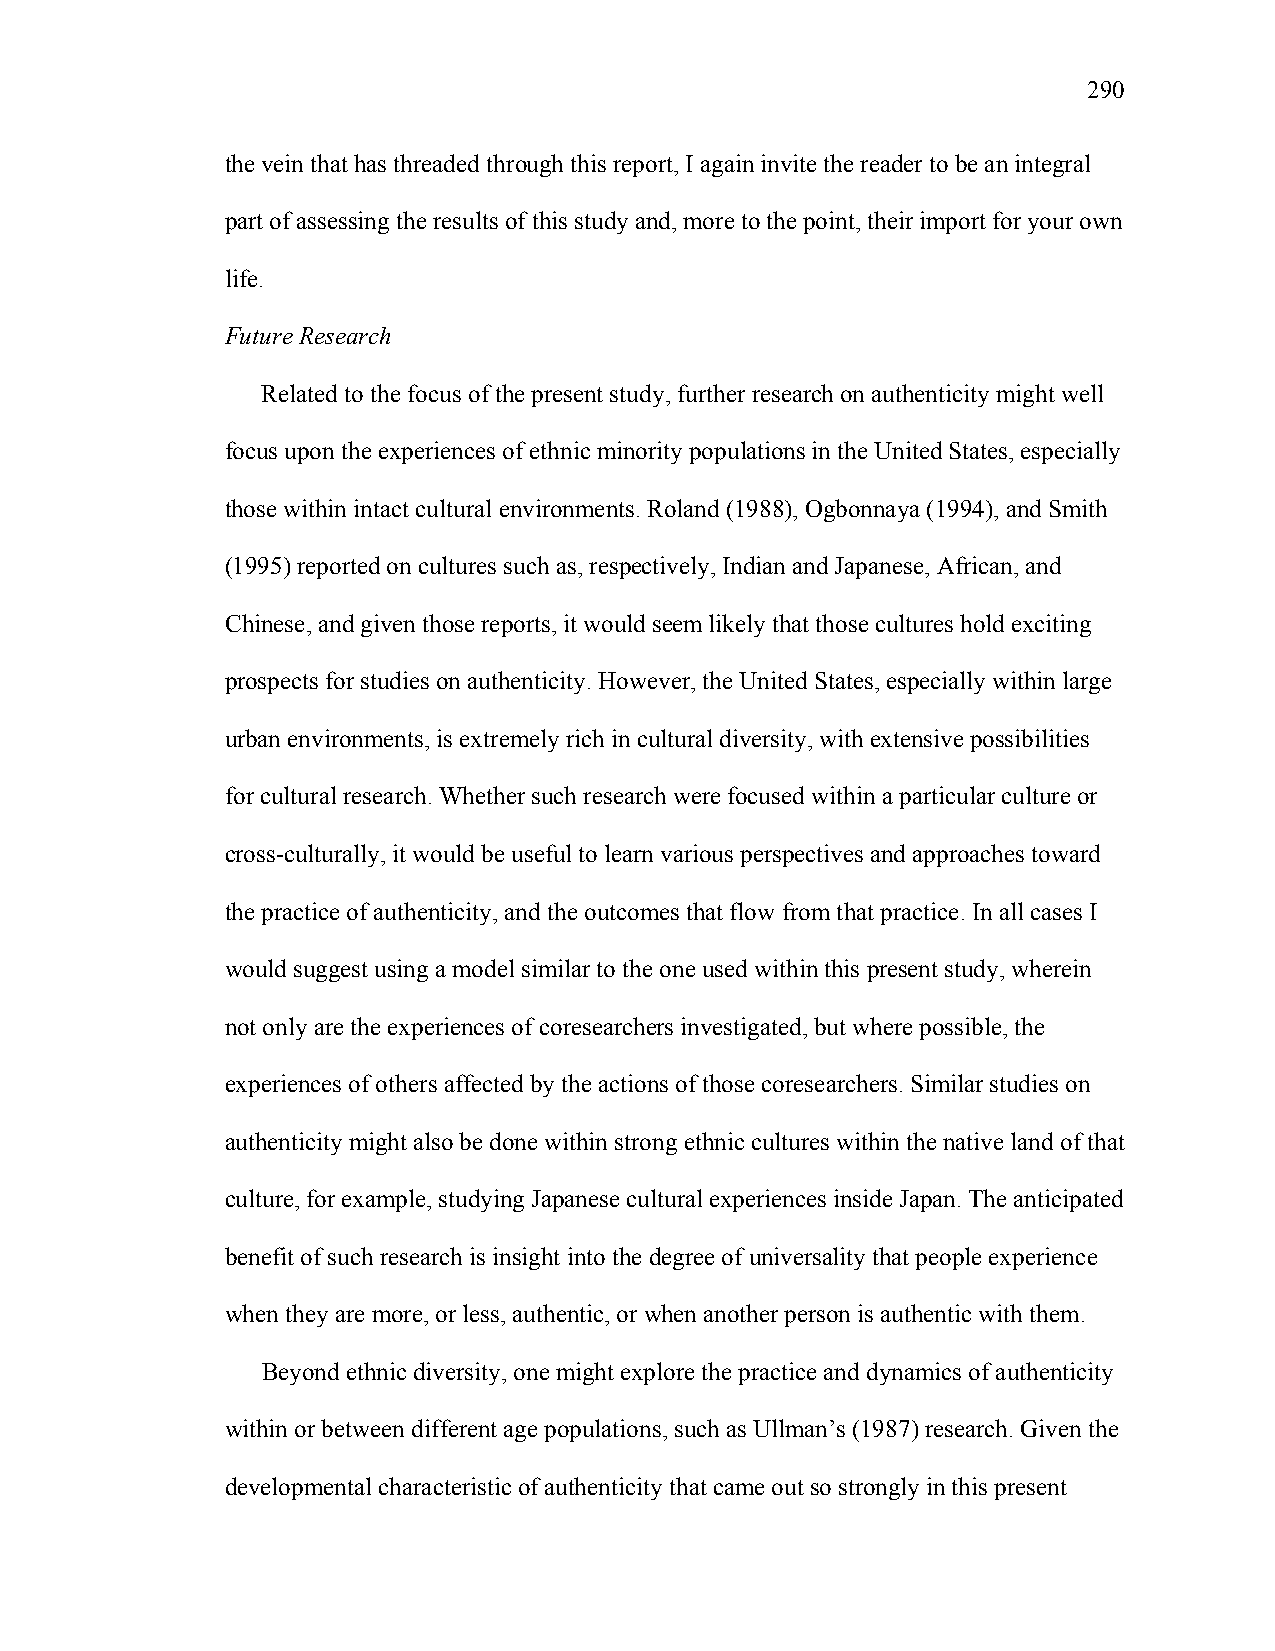
290
 the vein that has threaded through this report, I again invite the reader to be an integral
 part of assessing the results of this study and, more to the point, their import for your own
 life.
 Future Research
 Related to the focus of the present study, further research on authenticity might well
 focus upon the experiences of ethnic minority populations in the United States, especially
 those within intact cultural environments. Roland (1988), Ogbonnaya (1994), and Smith
 (1995) reported on cultures such as, respectively, Indian and Japanese, African, and
 Chinese, and given those reports, it would seem likely that those cultures hold exciting
 prospects for studies on authenticity. However, the United States, especially within large
 urban environments, is extremely rich in cultural diversity, with extensive possibilities
 for cultural research. Whether such research were focused within a particular culture or
 cross-culturally, it would be useful to learn various perspectives and approaches toward
 the practice of authenticity, and the outcomes that flow from that practice. In all cases I
 would suggest using a model similar to the one used within this present study, wherein
 not only are the experiences of coresearchers investigated, but where possible, the
 experiences of others affected by the actions of those coresearchers. Similar studies on
 authenticity might also be done within strong ethnic cultures within the native land of that
 culture, for example, studying Japanese cultural experiences inside Japan. The anticipated
 benefit of such research is insight into the degree of universality that people experience
 when they are more, or less, authentic, or when another person is authentic with them.
 Beyond ethnic diversity, one might explore the practice and dynamics of authenticity
 within or between different age populations, such as Ullman’s (1987) research. Given the
 developmental characteristic of authenticity that came out so strongly in this present